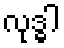
လုဒ္ဓါ